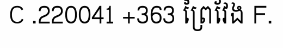
C .220041 +363 ព្រៃវែង F.